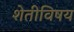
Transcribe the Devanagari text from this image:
शेतीविषय